Report of an investigation into the causes of malaria in Bombay and the measures necessary for its control
Disease focus: Malaria
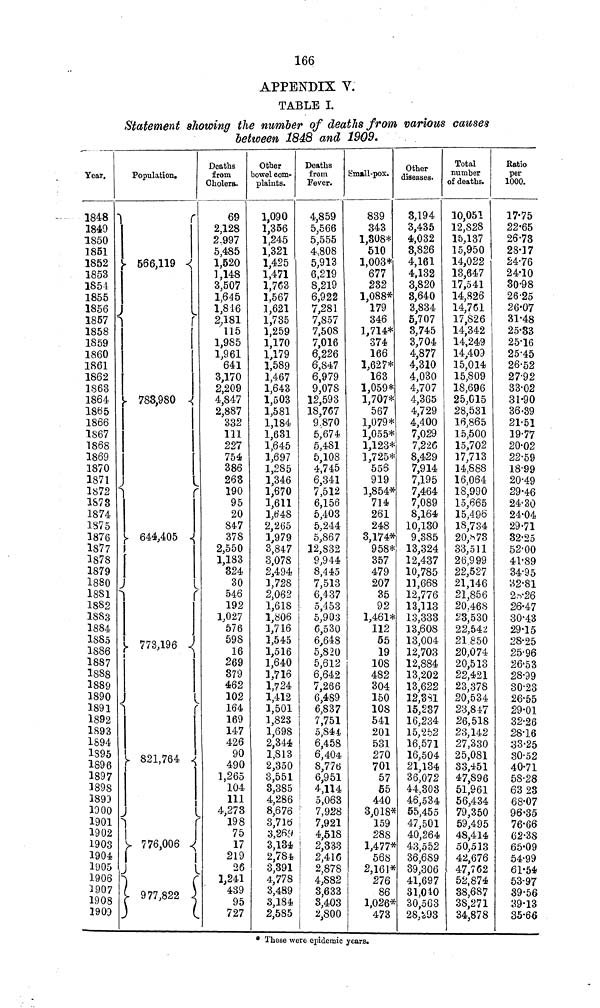
166
APPENDIX Y.
TABLE I.
Statement showing the number of deaths from various causes
between 1848 and 1909»
Year.
1848
1849
1850
1851
1852
1853
1S54
1855
1856
1857
1858
1859
1860
1861
1862
1863
1864
1865
1866
1S67
1868
1869
1870
1871
1872
1873
1874
1375
1876
1877
1878
1879
1880
1881
1882
1883
1884
1885
1886
1887
1888
1889
1890
1891
1892
1893
1894
1895
1896
1897
189S
1893
1900
1901
1902
1903
1904
1905
1906
1907
1908
190D
Population.
•
*
Y 566,119 -<
i
s
i
y 783,980 <
1
r
}> 644,405 <
1
f
I^1
Í
!
770lQfi
.
J
{
I »01 7AA Ĵ
O¿J J.J I WTÍ
-£
1
1
V 776,006 ¿
1
1
J
\
)
(
C 977 822 J
3
(
Deaths
from
Cholera.
69
2,128
2.997
5,485
1,520
],148
3,507
1,645
1,816
2,181
115
1,985
1,961
641
3,170
2,209
4,847
2,887
332
111
227
754
386
263
190
95
20
847
378
2,550
1,183
324
30
546
192
1,027
576
598
16
269
879
462
102
164
169
147
426
90
490
1,265
104
111
4,273
198
75
17
219
26
*
1,241
439
95
727
Other
bowel com-
plaints.
1,090
1,356
1,245
1,321
1,425
1,471
1,763
1,567
1,621
1,735
1,259
1,170
1,179
1,589
1,467
1,643
1,503
1,581
1,184
1,631
1,645
1,697
1,285
1,346
1,670
1,611
1,048
2,265
1,979
3,847
3,078
2,494
1,728
2,062
1,618
1,806
1,716
1,545
1,516
1,640
1,716
1,724
1,412
1,501
1,823
1,698
2,344
1,813
2,350
3,551
3,385
4,286
8,676
3,716
3,26#
3,134
2,784
3,391
4,778
3,489
3,184
2,5S5
Deaths
from
Fever.
4,859
5,566
5,555
4,808
5,913
6,219
8,219
6,922
7,281
7,857
7,508
7,016
6,226
6,847
6,979
9,078
12,593
18,767
9.870
5,674
5,481
5,108
4,745
6,341
7,512
6,156
5,403
5,244
5,867
12,S32
9,944
8,445
7,513
6,437
5,453
5,903
6,530
6,648
5,820
5,612
6,642
7,266
6,489
6,837
7,751
5,844
6,458
6,404
8,776
6,951
4,114
5,063
i 7,928
i 7,921
i 4,518
2,333
2,416
2,878
4,882
3,633
3,403
2,800
Small-pox.
839
343
1,808*
510
1,003*
677
232
1,088*
179
346
1,714*
374
166
1,627*
163
1,059*
1,707*
567
1,079*
1,055*
1,123*
1,725*
556
919
1,854*
714
261
248
3,174*
958*
357
479
207
35
92
1,461*
112
55
19
108
482
304
150
10s
541
201
531
270
701
57
55
440
3,018*
159
28S
1,477*
568
2,161*
276
86
1,026*
473
Other
diseases.
3,194
3,435
4,032
8,826
4,161
4,132
3,820
3,640
3,834
5,707
3,745
3,704
4,877
4,310
4,030
4,707
4,365
4,729
4,400
7,029
7,226
8,429
7,914
7,195
7,464
7,089
8,164
10,130
9,385
13,324
12,437
10,785
11,668
12,776
13,113
13,333
33,608
13,004
12,703
12,884
13,202
13,622
12,3S1
15,237
16,234
15,252
16,571
16,504
21,134
36,072
44.303
46,534
55,455
47,501
40,264
• 43,552
36,689
39,306
41,697
31,040
30,563
28,^93
Total
number
of deaths.
10,051
12,S28
15,137
15,950
14,022
13,647
17,541
14,826
14,761
17,826
14,342
14,249
14,409
15,014
15,809
18,696
25,015
28,531
16,865
15,500
15,702
17,713
14,888
16,064
18,990
15,665
15,496
18,734
20,^73
33,511
26,999
22,527
21,146
21,856
20,468
23,530
22,542
21850
20,074
20,513
22,421
23,378
20,534
23,847
26,518
23,142
27,330
25,081
33,451
47,S96
51,961
56,434
79,350
59,495
48,414
50,513
42,676
• 47,762
52,874
38,687
3S,271
34,878
Ratio
per
1000.
17-75
22-65
26-73
28-17
24-76
24-10
30-98
26-25
26-07
31-48
25-33
25-16
25-45
26-52
27-92
33-02
31-90
36-39
21-51
19-77
20-02
22-59
18-99
20-49
29-46
24-30
24-04
29-71
32-25
52-00
41-89
34-95
32-81
2.v26
26-47
30-43
29-15
28-25
25-96
26-53
28-99
30-23
26-55
29-01
32-26
28-16
33-25
30-52
40-71
58-28
63 23
68*07
96-35
76-66
62-3S
65-09
54-99
61-54
53-97
39-56
39-13
35-66
* These were epidemic years.